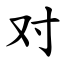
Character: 对